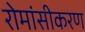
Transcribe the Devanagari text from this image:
रोमांसीकरण